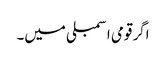
اگر قومی اسمبلی میں۔